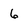
Character: 6